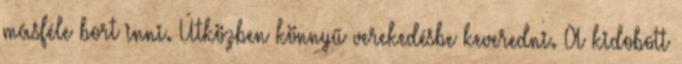
másféle bort inni. Útközben könnyű verekedésbe keveredni. A kidobott